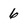
Character: 6